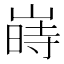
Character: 嵵